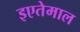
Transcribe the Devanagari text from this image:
इएतेमाल